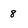
Character: 8